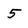
Character: 5